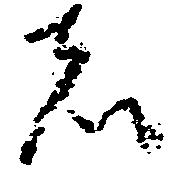
者